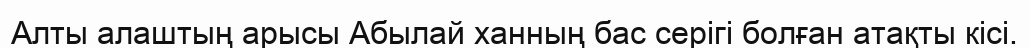
Алты алаштың арысы Абылай ханның бас серігі болған атақты кісі.